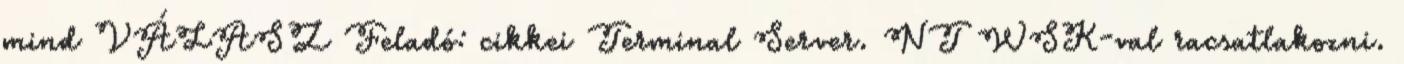
mind VÁLASZ Feladó: cikkei Terminal Server. NT WSK-val racsatlakozni.